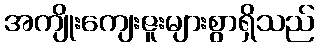
အကျိုးကျေးဇူးများစွာရှိသည်